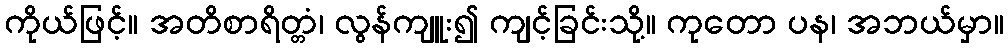
ကိုယ်ဖြင့်။ အတိစာရိတ္တံ၊ လွန်ကျူး၍ ကျင့်ခြင်းသို့။ ကုတော ပန၊ အဘယ်မှာ။